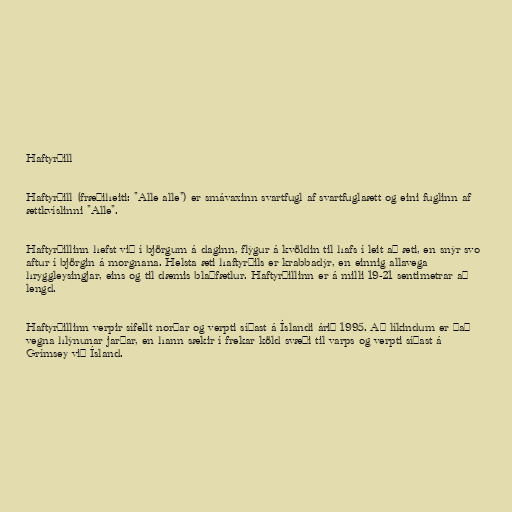
Haftyrðill

Haftyrðill (fræðiheiti: "Alle alle") er smávaxinn svartfugl af svartfuglaætt og eini fuglinn af
ættkvíslinni "Alle".

Haftyrðillinn hefst við í björgum á daginn, flýgur á kvöldin til hafs í leit að æti, en snýr svo
aftur í björgin á morgnana. Helsta æti haftyrðils er krabbadýr, en einnig allavega
hryggleysingjar, eins og til dæmis blaðfætlur. Haftyrðillinn er á milli 19-21 sentimetrar að
lengd.

Haftyrðillinn verpir sífellt norðar og verpti síðast á Íslandi árið 1995. Að líkindum er það
vegna hlýnunar jarðar, en hann sækir í frekar köld svæði til varps og verpti síðast á
Grímsey við Ísland.